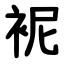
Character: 䘦